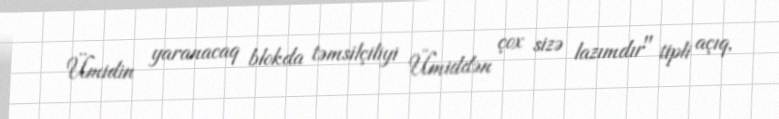
Ümidin yaranacaq blokda təmsilçiliyi Ümiddən çox sizə lazımdır" tipli açıq,